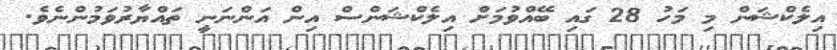
އިލެކްޝަން މި މަހު 28 ގައި ބޭއްވުމަށް އިލެކްޝަންސް އިން އަންނަނީ ތައްޔާރުވަމުންނެވެ.